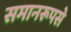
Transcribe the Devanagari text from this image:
समानरूपसे